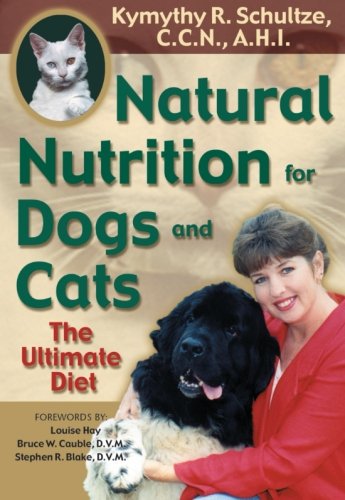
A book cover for Natural Nutrition for Dogs and Cats: The Ultimate Diet; Kymythy Schultze; Crafts, Hobbies & Home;